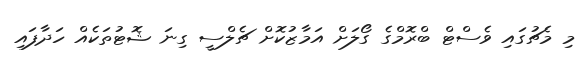
މި މެޗުގައި ވެސްޓް ބްރޮމްގެ ގޯލަށް އަމާޒުކޮށް ޗެލްސީ ގިނަ ޝޮޓުތަކެއް ހަދާފައި